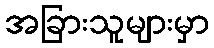
အခြားသူများမှာ